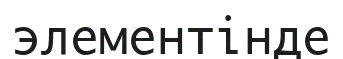
элементінде